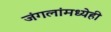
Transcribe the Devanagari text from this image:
जंगलांमध्येही